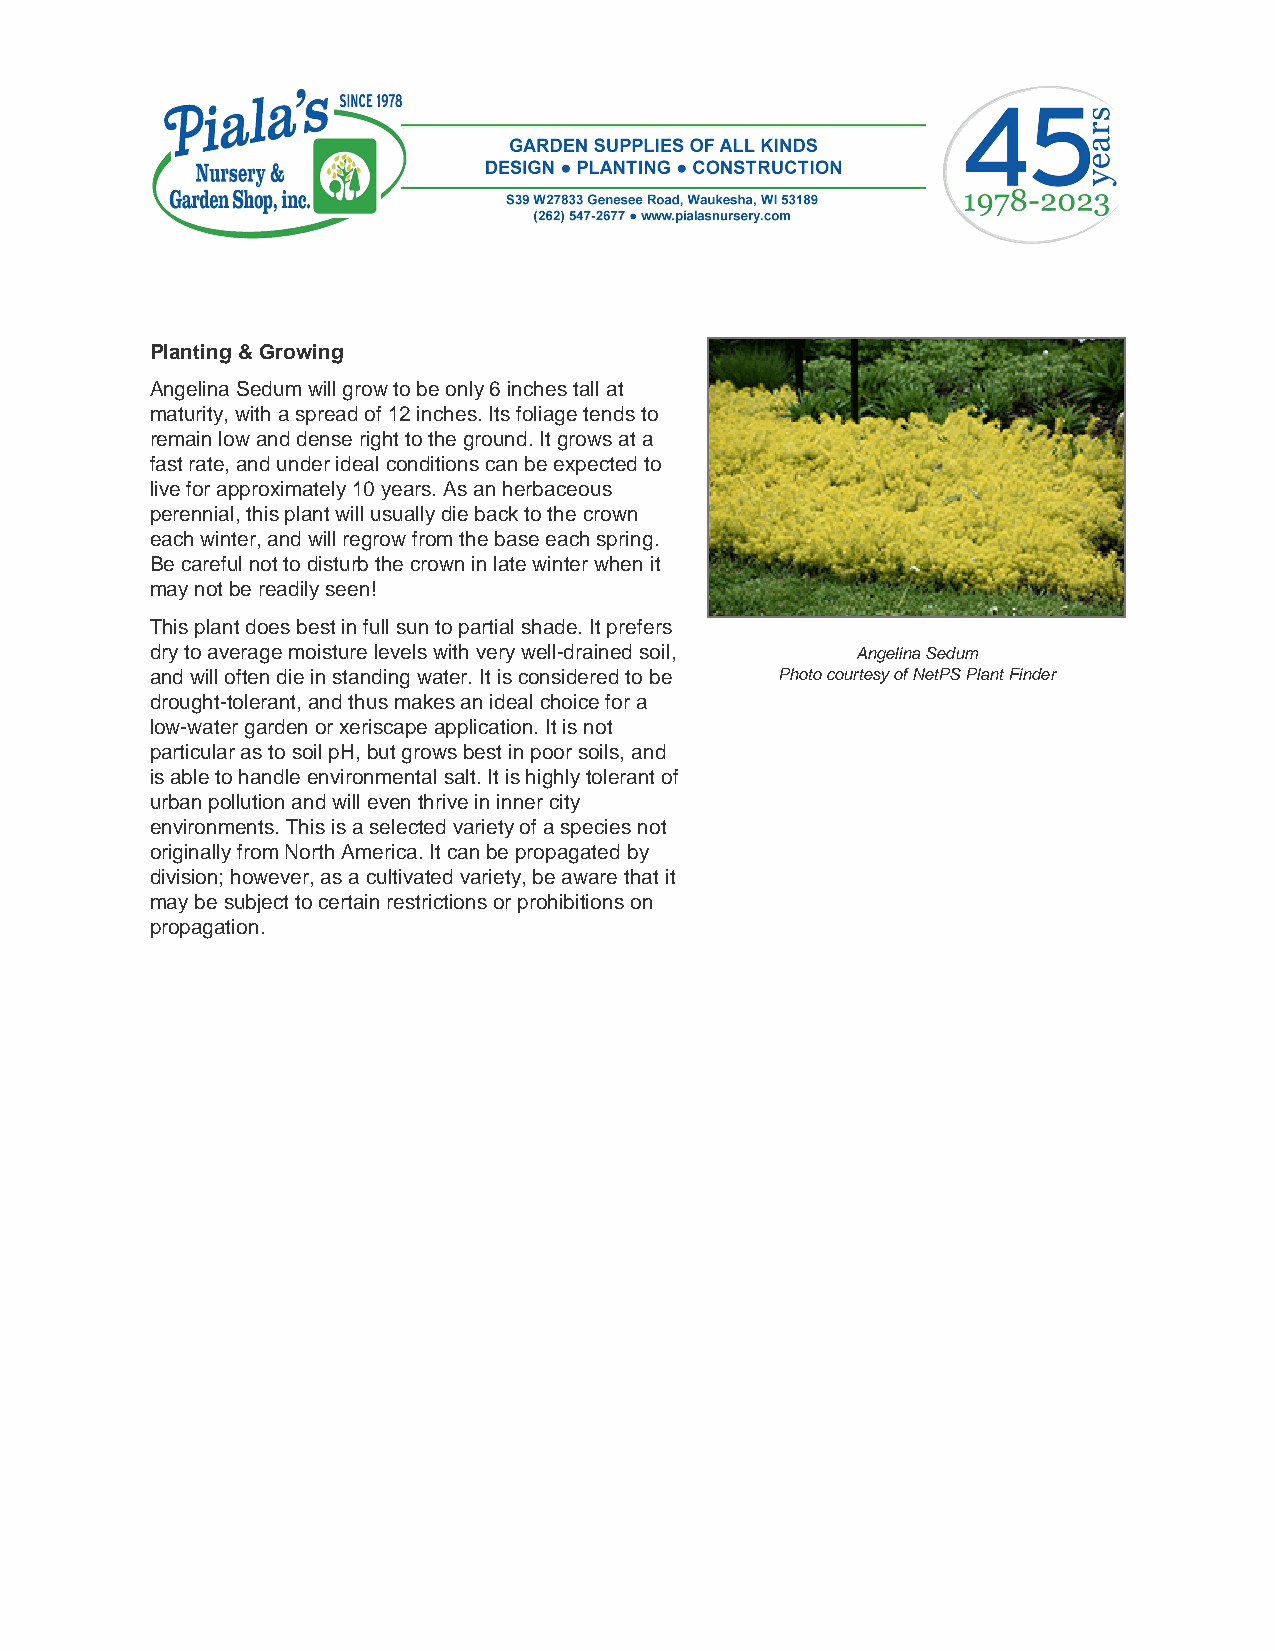
Planting & Growing
 Angelina Sedum will grow to be only 6 inches tall at
 maturity, with a spread of 12 inches. Its foliage tends to
 remain low and dense right to the ground. It grows at a
 fast rate, and under ideal conditions can be expected to
 live for approximately 10 years. As an herbaceous
 perennial, this plant will usually die back to the crown
 each winter, and will regrow from the base each spring.
 Be careful not to disturb the crown in late winter when it
 may not be readily seen!
 This plant does best in full sun to partial shade. It prefers
 dry to average moisture levels with very well-drained soil, Angelina Sedum
 and will often die in standing water. It is considered to be Photo courtesy of NetPS Plant Finder
 drought-tolerant, and thus makes an ideal choice for a
 low-water garden or xeriscape application. It is not
 particular as to soil pH, but grows best in poor soils, and
 is able to handle environmental salt. It is highly tolerant of
 urban pollution and will even thrive in inner city
 environments. This is a selected variety of a species not
 originally from North America. It can be propagated by
 division; however, as a cultivated variety, be aware that it
 may be subject to certain restrictions or prohibitions on
 propagation.